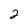
Character: 2